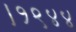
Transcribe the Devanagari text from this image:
।१९४४